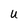
Character: U